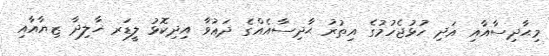
މިޙާދިސާއާއި އަދި ހުޅުޖެހުމުގެ އިތުރު ޙާދިސާއެއްގެ ދަޢުވާ އިދިކޮޅު ލީޑަރ ޚާލިދާ ޒިޔާއާއި